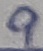
Text: 9